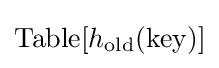
\mathrm {Table} [h_{\text{old}}(\mathrm {key} )]